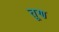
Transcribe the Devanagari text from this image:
तूण